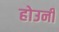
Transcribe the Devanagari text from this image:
होउनी